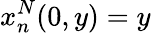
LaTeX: x_{n}^{N}(0,y)=y